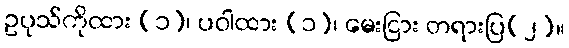
ဥပုသ်ကိုထား (၁)၊ ပဝါထား (၁)၊ မေးငြား တရားပြ(၂)။